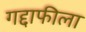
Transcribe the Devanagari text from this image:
गद्दाफीला